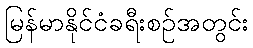
မြန်မာနိုင်ငံခရီးစဉ်အတွင်း